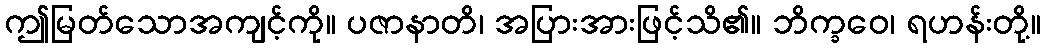
ဤမြတ်သောအကျင့်ကို။ ပဇာနာတိ၊ အပြားအားဖြင့်သိ၏။ ဘိက္ခဝေ၊ ရဟန်းတို့။